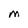
Character: M